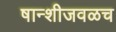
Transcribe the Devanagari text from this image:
षान्शीजवळच